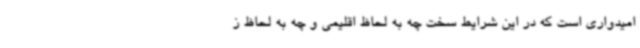
امیدواری است که در این شرایط سخت چه به لحاظ اقلیمی و چه به لحاظ ز